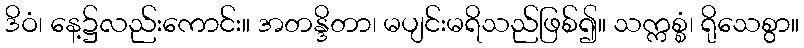
ဒိဝံ၊ နေ့၌လည်းကောင်း။ အတန္ဒိတာ၊ မပျင်းမရိသည်ဖြစ်၍။ သက္ကစ္စံ၊ ရိုသေစွာ။